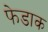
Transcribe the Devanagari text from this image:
फेडाक